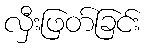
လှီးဖြတ်ခြင်း